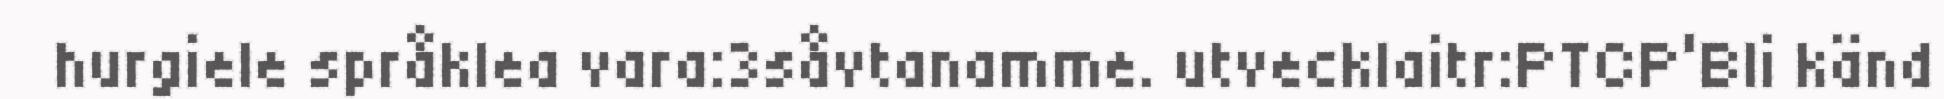
hurgiele språklea vara:3såvtanamme. utvecklaitr:PTCP‘Bli känd